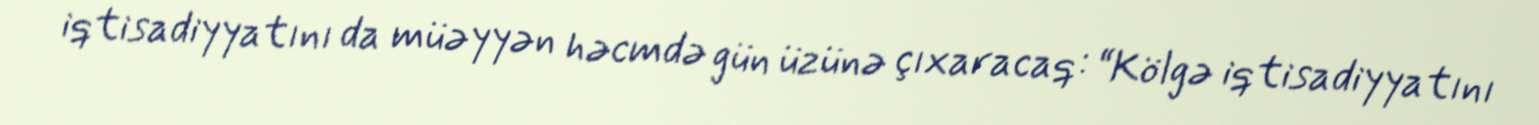
iqtisadiyyatını da müəyyən həcmdə gün üzünə çıxaracaq: “Kölgə iqtisadiyyatını